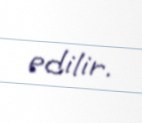
edilir.